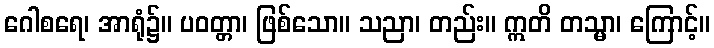
ဂေါစရေ၊ အာရုံ၌။ ပဝတ္တာ၊ ဖြစ်သော။ သညာ၊ တည်း။ ဣတိ တသ္မာ၊ ကြောင့်။